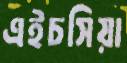
এইচসিয়া